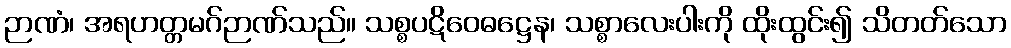
ဉာဏံ၊ အရဟတ္တမဂ်ဉာဏ်သည်။ သစ္စပဋိဝေဓဋ္ဌေန၊ သစ္စာလေးပါးကို ထိုးထွင်း၍ သိတတ်သော